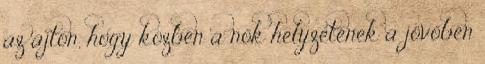
az ajtón, hogy közben a nők helyzetének a jövőben